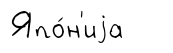
Япо́н'иjа